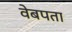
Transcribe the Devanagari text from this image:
वेबपता